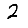
Digit: 2